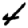
Digit: 4